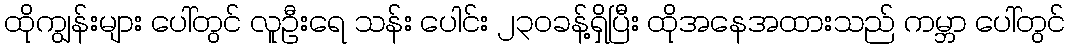
ထိုကျွန်းများ ပေါ်တွင် လူဦးရေ သန်း ပေါင်း ၂၃၀ခန့်ရှိပြီး ထိုအနေအထားသည် ကမ္ဘာ ပေါ်တွင်